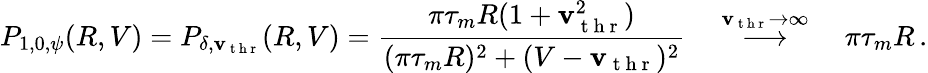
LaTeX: P_{1,0,\psi}(R,V)=P_{\delta,\mathbf{v}_{\mathrm{{~t~h~r~}}}}(R,V)=\frac{{\pi\tau_{m}R(1+\mathbf{v}_{\mathrm{{~t~h~r~}}}^{2})}}{{(\pi\tau_{m}R)^{2}+(V-\mathbf{v}_{\mathrm{{~t~h~r~}}})^{2}}}\quad\stackrel{\mathbf{v}_{\mathrm{{~t~h~r~}}}\to\infty}{\longrightarrow}\quad\pi\tau_{m}R\, .